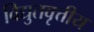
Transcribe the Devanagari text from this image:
विद्युतवृत्तीय